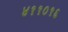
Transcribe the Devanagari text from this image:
४११०१६